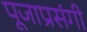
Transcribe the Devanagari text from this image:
पूजाप्रसंगी